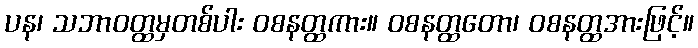
ပန၊ သဘာဝတ္ထမှတစ်ပါး ဝစနတ္ထကား။ ဝစနတ္ထတော၊ ဝစနတ္ထအားဖြင့်။